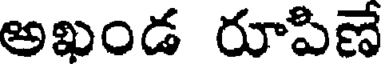
అఖండ రూపిణే